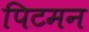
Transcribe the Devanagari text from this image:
पिटमन